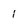
Character: l